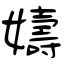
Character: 嬦